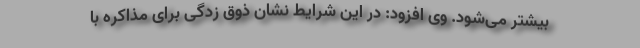
بیشتر می‌شود. وی افزود: در این شرایط نشان ذوق زدگی برای مذاکره با